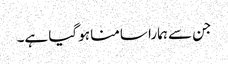
جن سے ہمارا سامنا ہو گیا ہے۔